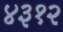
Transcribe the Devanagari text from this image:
४३१२